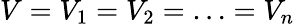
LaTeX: V=V_{1}=V_{2}=\ldots=V_{n}